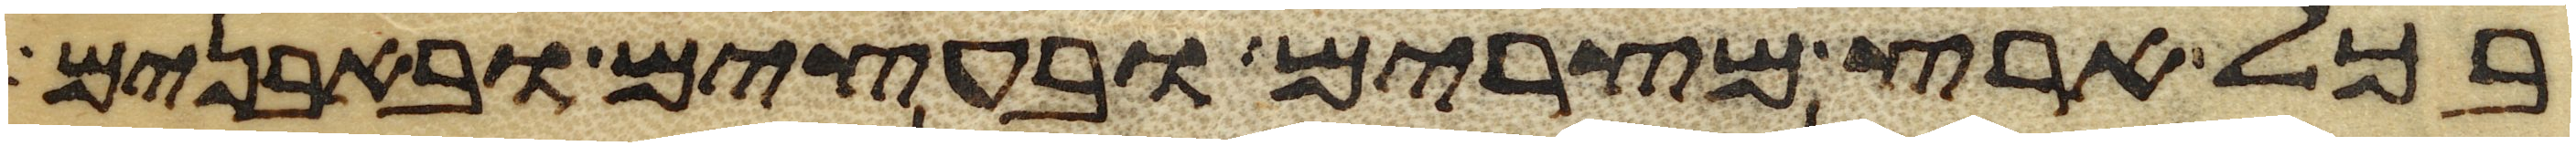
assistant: בכל ארץ מצרים ובעצים ובאבנים